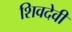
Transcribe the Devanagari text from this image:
शिवदेवी